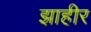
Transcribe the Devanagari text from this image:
झाहीर